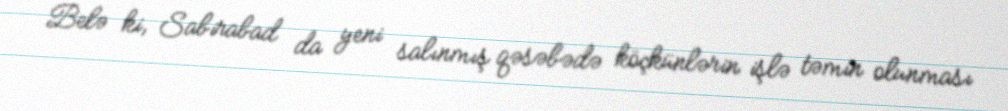
Belə ki, Sabirabad da yeni salınmış qəsəbədə köçkünlərin işlə təmin olunması